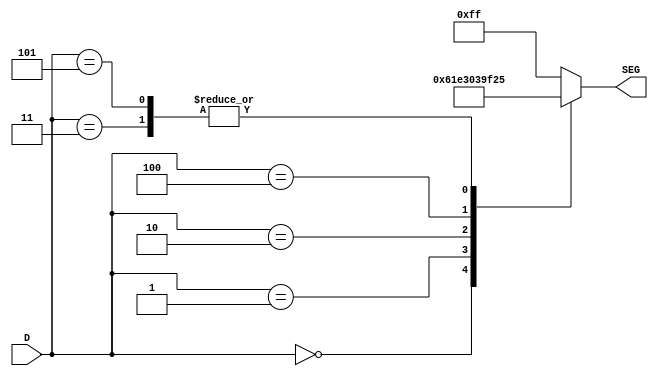
module elo211(
   input [3:0] D,
   output reg [7:0] SEG
   );

always @(*) 
begin
	case(D)
        4'd0: SEG <= 8'b01100001;
        4'd1: SEG <= 8'b11100011; 
        4'd2: SEG <= 8'b00000011;
        4'd3: SEG <= 8'b00100101;
        4'd4: SEG <= 8'b10011111;
        4'd5: SEG <= 8'b00100101;
        default: SEG <= 8'b11111111;
	endcase
end

endmodule